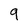
Character: 9